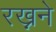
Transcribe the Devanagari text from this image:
रख्नने